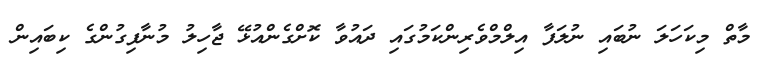
މާތް މިކަހަލަ ނުބައި ނުލަފާ އިލްމްވެރިންކަމުގައި ދައުވާ ކޮށްގެންއުޅޭ ޖާހިލު މުނާފިގުންގެ ކިބައިން